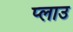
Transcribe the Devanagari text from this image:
प्लाउ